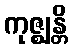
ကုဇ္ဈန္တိ